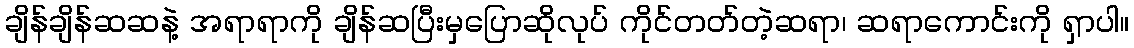
ချိန်ချိန်ဆဆနဲ့ အရာရာကို ချိန်ဆပြီးမှပြောဆိုလုပ် ကိုင်တတ်တဲ့ဆရာ၊ ဆရာကောင်းကို ရှာပါ။